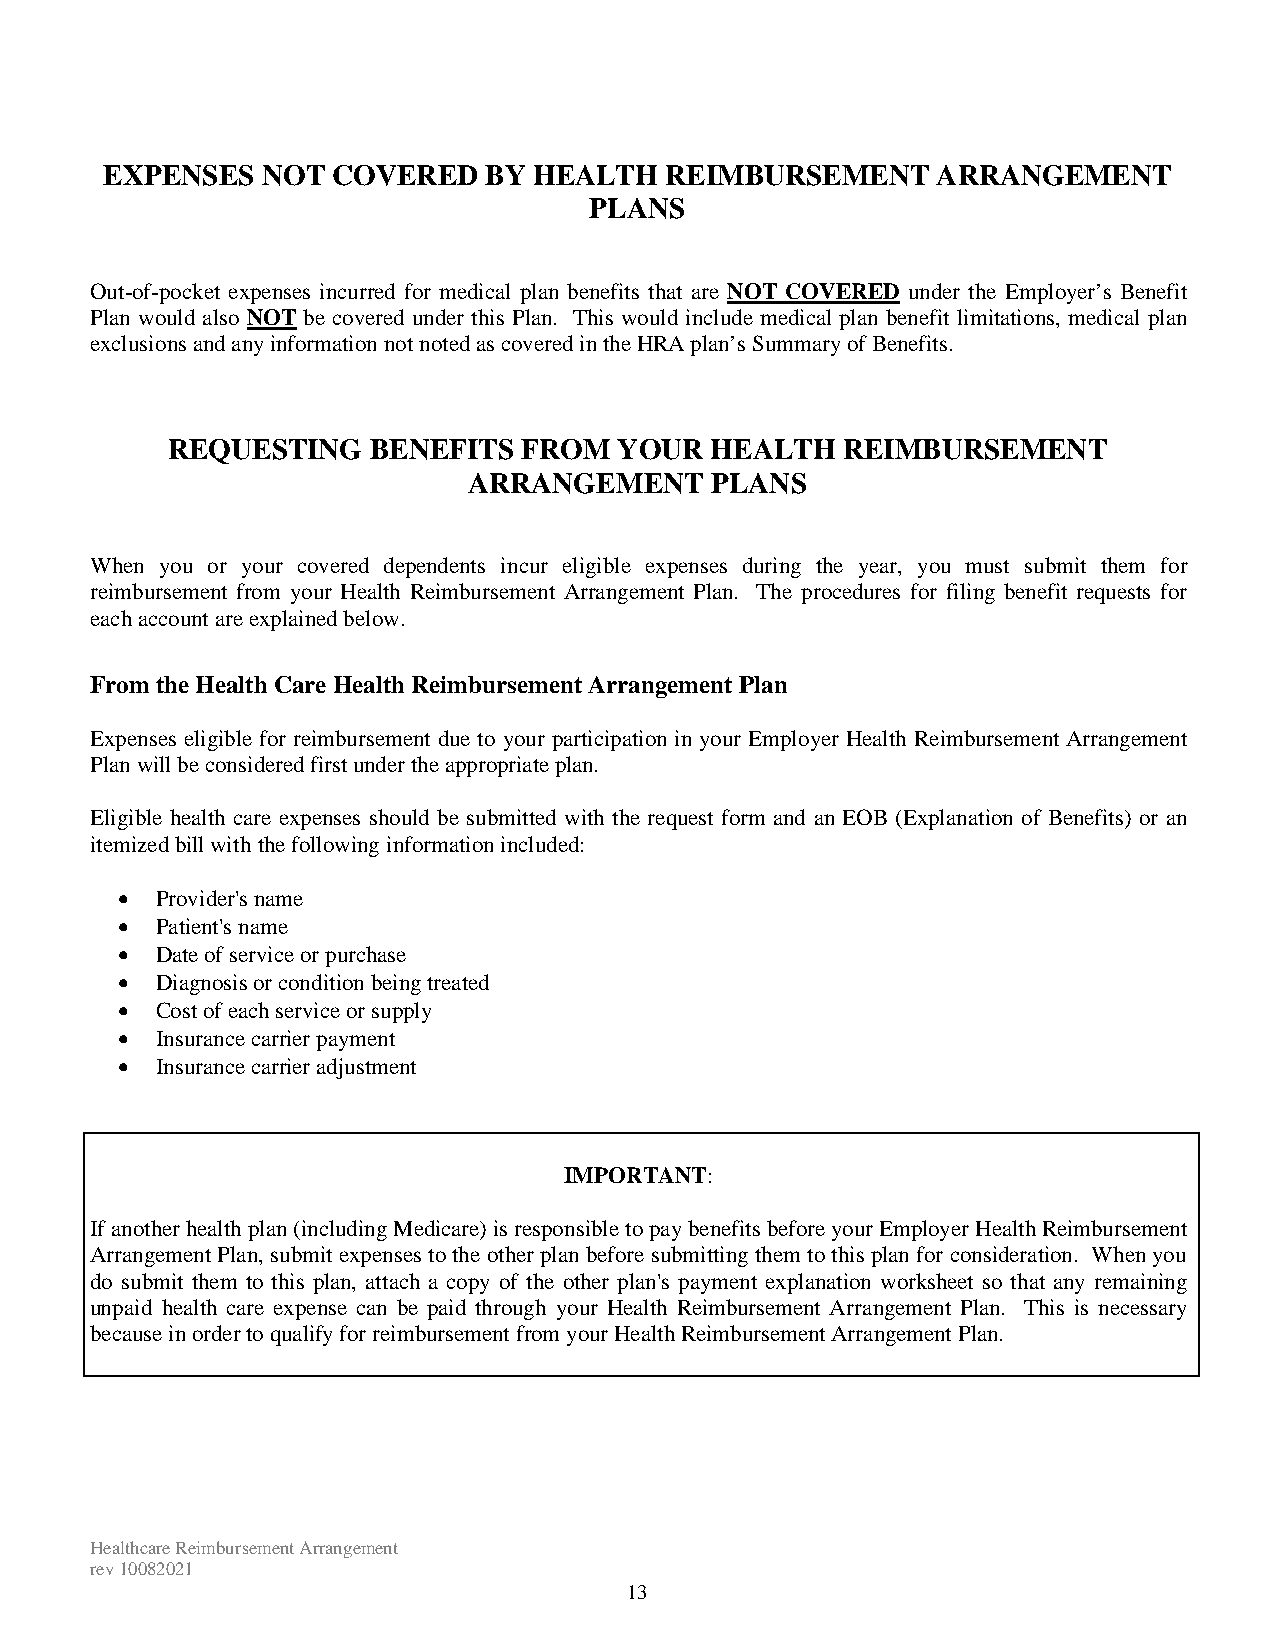
EXPENSES  NOT  COVERED   BY HEALTH   REIMBURSEMENT     ARRANGEMENT
 PLANS
 Out-of-pocket expenses incurred for medical plan benefits that are NOT COVERED under the Employer’s Benefit
 Plan would also NOT be covered under this Plan. This would include medical plan benefit limitations, medical plan
 exclusions and any information not noted as covered in the HRA plan’s Summary of Benefits.
 REQUESTING   BENEFITS   FROM  YOUR  HEALTH   REIMBURSEMENT
 ARRANGEMENT     PLANS
 When you or your covered dependents incur eligible expenses during the year, you must submit them for
 reimbursement from your Health Reimbursement Arrangement Plan. The procedures for filing benefit requests for
 each account are explained below.
 From the Health Care Health Reimbursement Arrangement Plan
 Expenses eligible for reimbursement due to your participation in your Employer Health Reimbursement Arrangement
 Plan will be considered first under the appropriate plan.
 Eligible health care expenses should be submitted with the request form and an EOB (Explanation of Benefits) or an
 itemized bill with the following information included:
  Provider's name
  Patient's name
  Date of service or purchase
  Diagnosis or condition being treated
  Cost of each service or supply
  Insurance carrier payment
  Insurance carrier adjustment
 IMPORTANT:
 If another health plan (including Medicare) is responsible to pay benefits before your Employer Health Reimbursement
 Arrangement Plan, submit expenses to the other plan before submitting them to this plan for consideration. When you
 do submit them to this plan, attach a copy of the other plan's payment explanation worksheet so that any remaining
 unpaid health care expense can be paid through your Health Reimbursement Arrangement Plan. This is necessary
 because in order to qualify for reimbursement from your Health Reimbursement Arrangement Plan.
 Healthcare Reimbursement Arrangement
 rev 10082021
 13